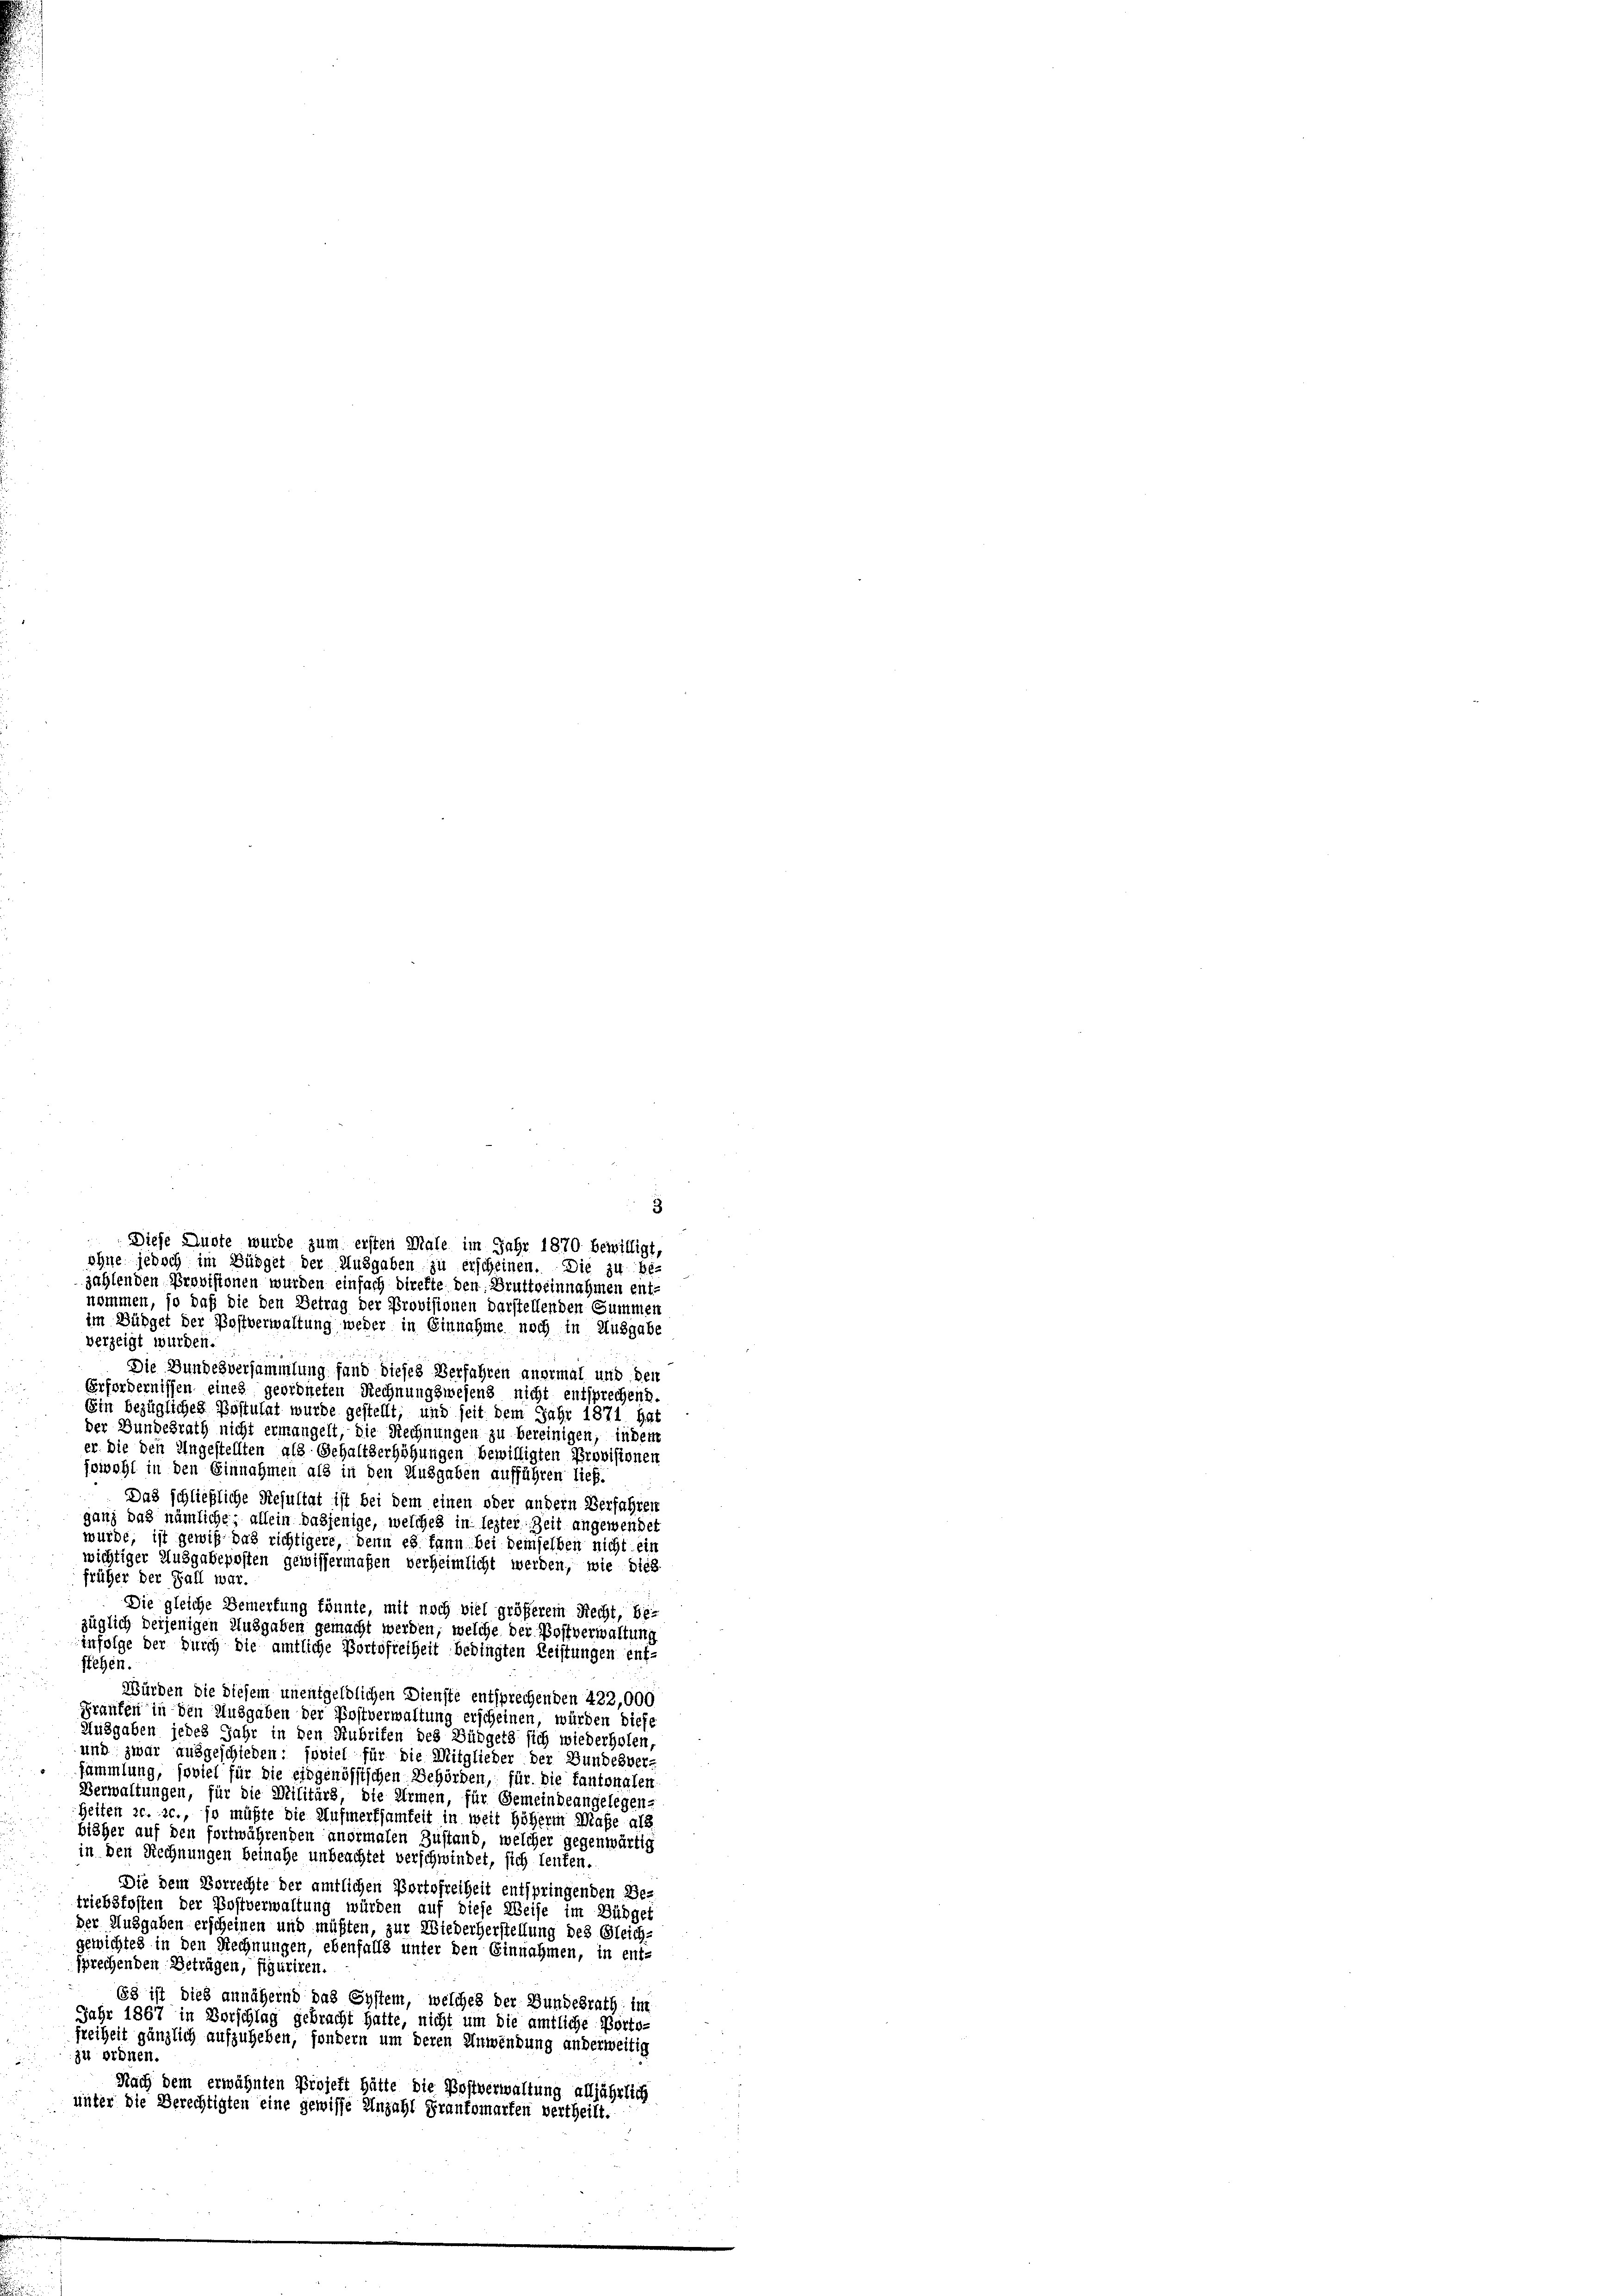
nommen, so daß die den Betrag der Provisionen darstellenden Summen
im Büdget der Postverwaltung weder in Einnahme noch in Ausgabe
verzeigt wurden.
Die Bundesversammlung fand dieses Verfahren anormal und den
Erfordernissen eines geordneten Rechnungswesens nicht entsprechend.
Ein bezügliches Postulat wurde gestellt, und seit dem Jahr 1871 hat
der Bundesrath nicht ermangelt, die Rechnungen zu bereinigen, indem
er die den Ungestellten als Gehaltserhöhungen bewilligten Provisionen
fowohl in den Einnahmen als in den Ausgaben aufführen ließ.
Das schließliche Resultat ist bei dem einen oder andern Verfahren
ganz das nämliche; allein dasjenige, welches in lezter Zeit angewendet
wurde, ist gewiß das richtigere, denn es kann bei demselben nicht ein
wichtiger Ausgabeposten gewissermaßen verheimlicht werden, wie dies
früher der Fall war.
Die gleiche Bemerkung könnte, mit noch viel größerem Recht, bezüglich derjenigen Ausgaben gemacht werden, welche der Postverwaltung
infolge der durch die amtliche Portofreiheit bedingten Leistungen ent-
stehen.
Würden die Diesem unentgeldlichen Dienste entsprechenden 422,000
Franken in den Ausgaben der Postverwaltung erscheinen, würden diese
Ausgaben jedes Jahr in den Rubrifen des Büdgets sich wiederholen
und zwar ausgeschieden: soviel für die Mitglieder der Bundesver-
sammlung, soviel für die eidgenössischen Behörden, für die tantonalen
Verwaltungen, für die Militärs, die Armen, für Gemeindeangelegen
Heiten c. c., so müßte die Aufmerksamkeit in weit höherm Maße als
bisher auf den fortwährenden anormalen Zustand, welcher gegenwärtig
in den Rechnungen beinahe unbeachtet verschwindet, sich lenten.
Die dem Vorrechte der amtlichen Portofreiheit entspringenden Be-
triebsfosten der Postverwaltung würden auf diese Weise im Büdget
der Ausgaben erscheinen und müßten, zur Wiederherstellung des Gleich-
gewichtes in den Rechnungen, ebenfalls unter den Einnahmen, in ent-
sprechenden Beträgen, figuriren.
Es ist dies annähernd das System, welches der Bundesrath im
Jahr 1867 in Vorschlag gebracht hatte, nicht um die amtliche Portofreiheit gänzlich aufzuheben, sondern um deren Anwendung anderweitig
zu ordnen
Nach dem erwähnten Projekt hätte die Postverwaltung alljährlich
unter die Berechtigten eine gewisse Anzahl Frankomarten vertheilt.

3
Diese Auste wurde zum ersten Male im Jahr 1870 bewilligt,
ohne jedoch im Büdget der Ausgaben zu erscheinen. Die zu be-
zahlenden Provisionen wurden einfach direkte den Bruttoeinnahmen ent-